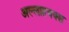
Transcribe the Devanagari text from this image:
अल्लाहबक्श